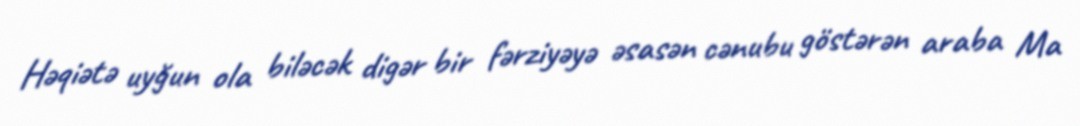
Həqiətə uyğun ola biləcək digər bir fərziyəyə əsasən cənubu göstərən araba Ma